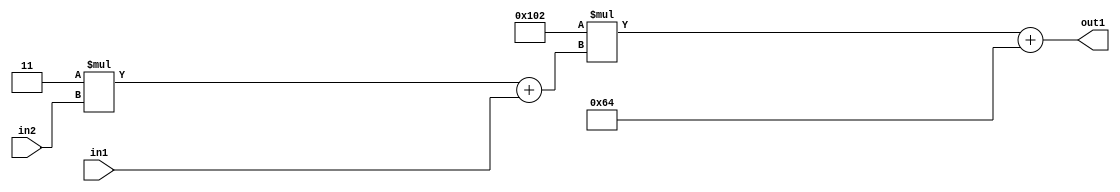
`timescale 1ps / 1ps
/*****************************************************************************
    Verilog RTL Description
    
    
    Created by: Stratus DpOpt 2019.1.01 
*******************************************************************************/

module DC_Filter_Add2i100Mul2i258Add2u1Mul2i3u2_4 (
	in2,
	in1,
	out1
	); /* architecture "behavioural" */ 
input [1:0] in2;
input  in1;
output [11:0] out1;
wire [11:0] asc001;
wire [3:0] asc002;

wire [3:0] asc002_tmp_0;
assign asc002_tmp_0 = 
	+(4'B0011 * in2);
assign asc002 = asc002_tmp_0
	+(in1);

wire [11:0] asc001_tmp_1;
assign asc001_tmp_1 = 
	+(12'B000100000010 * asc002);
assign asc001 = asc001_tmp_1
	+(12'B000001100100);

assign out1 = asc001;
endmodule

/* CADENCE  v7X0TgE= : u9/ySgnWtBlWxVPRXgAZ4Og= ** DO NOT EDIT THIS LINE ******/